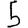
Digit: 5